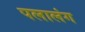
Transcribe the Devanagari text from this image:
पलालंग